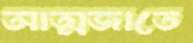
আত্মজাতে